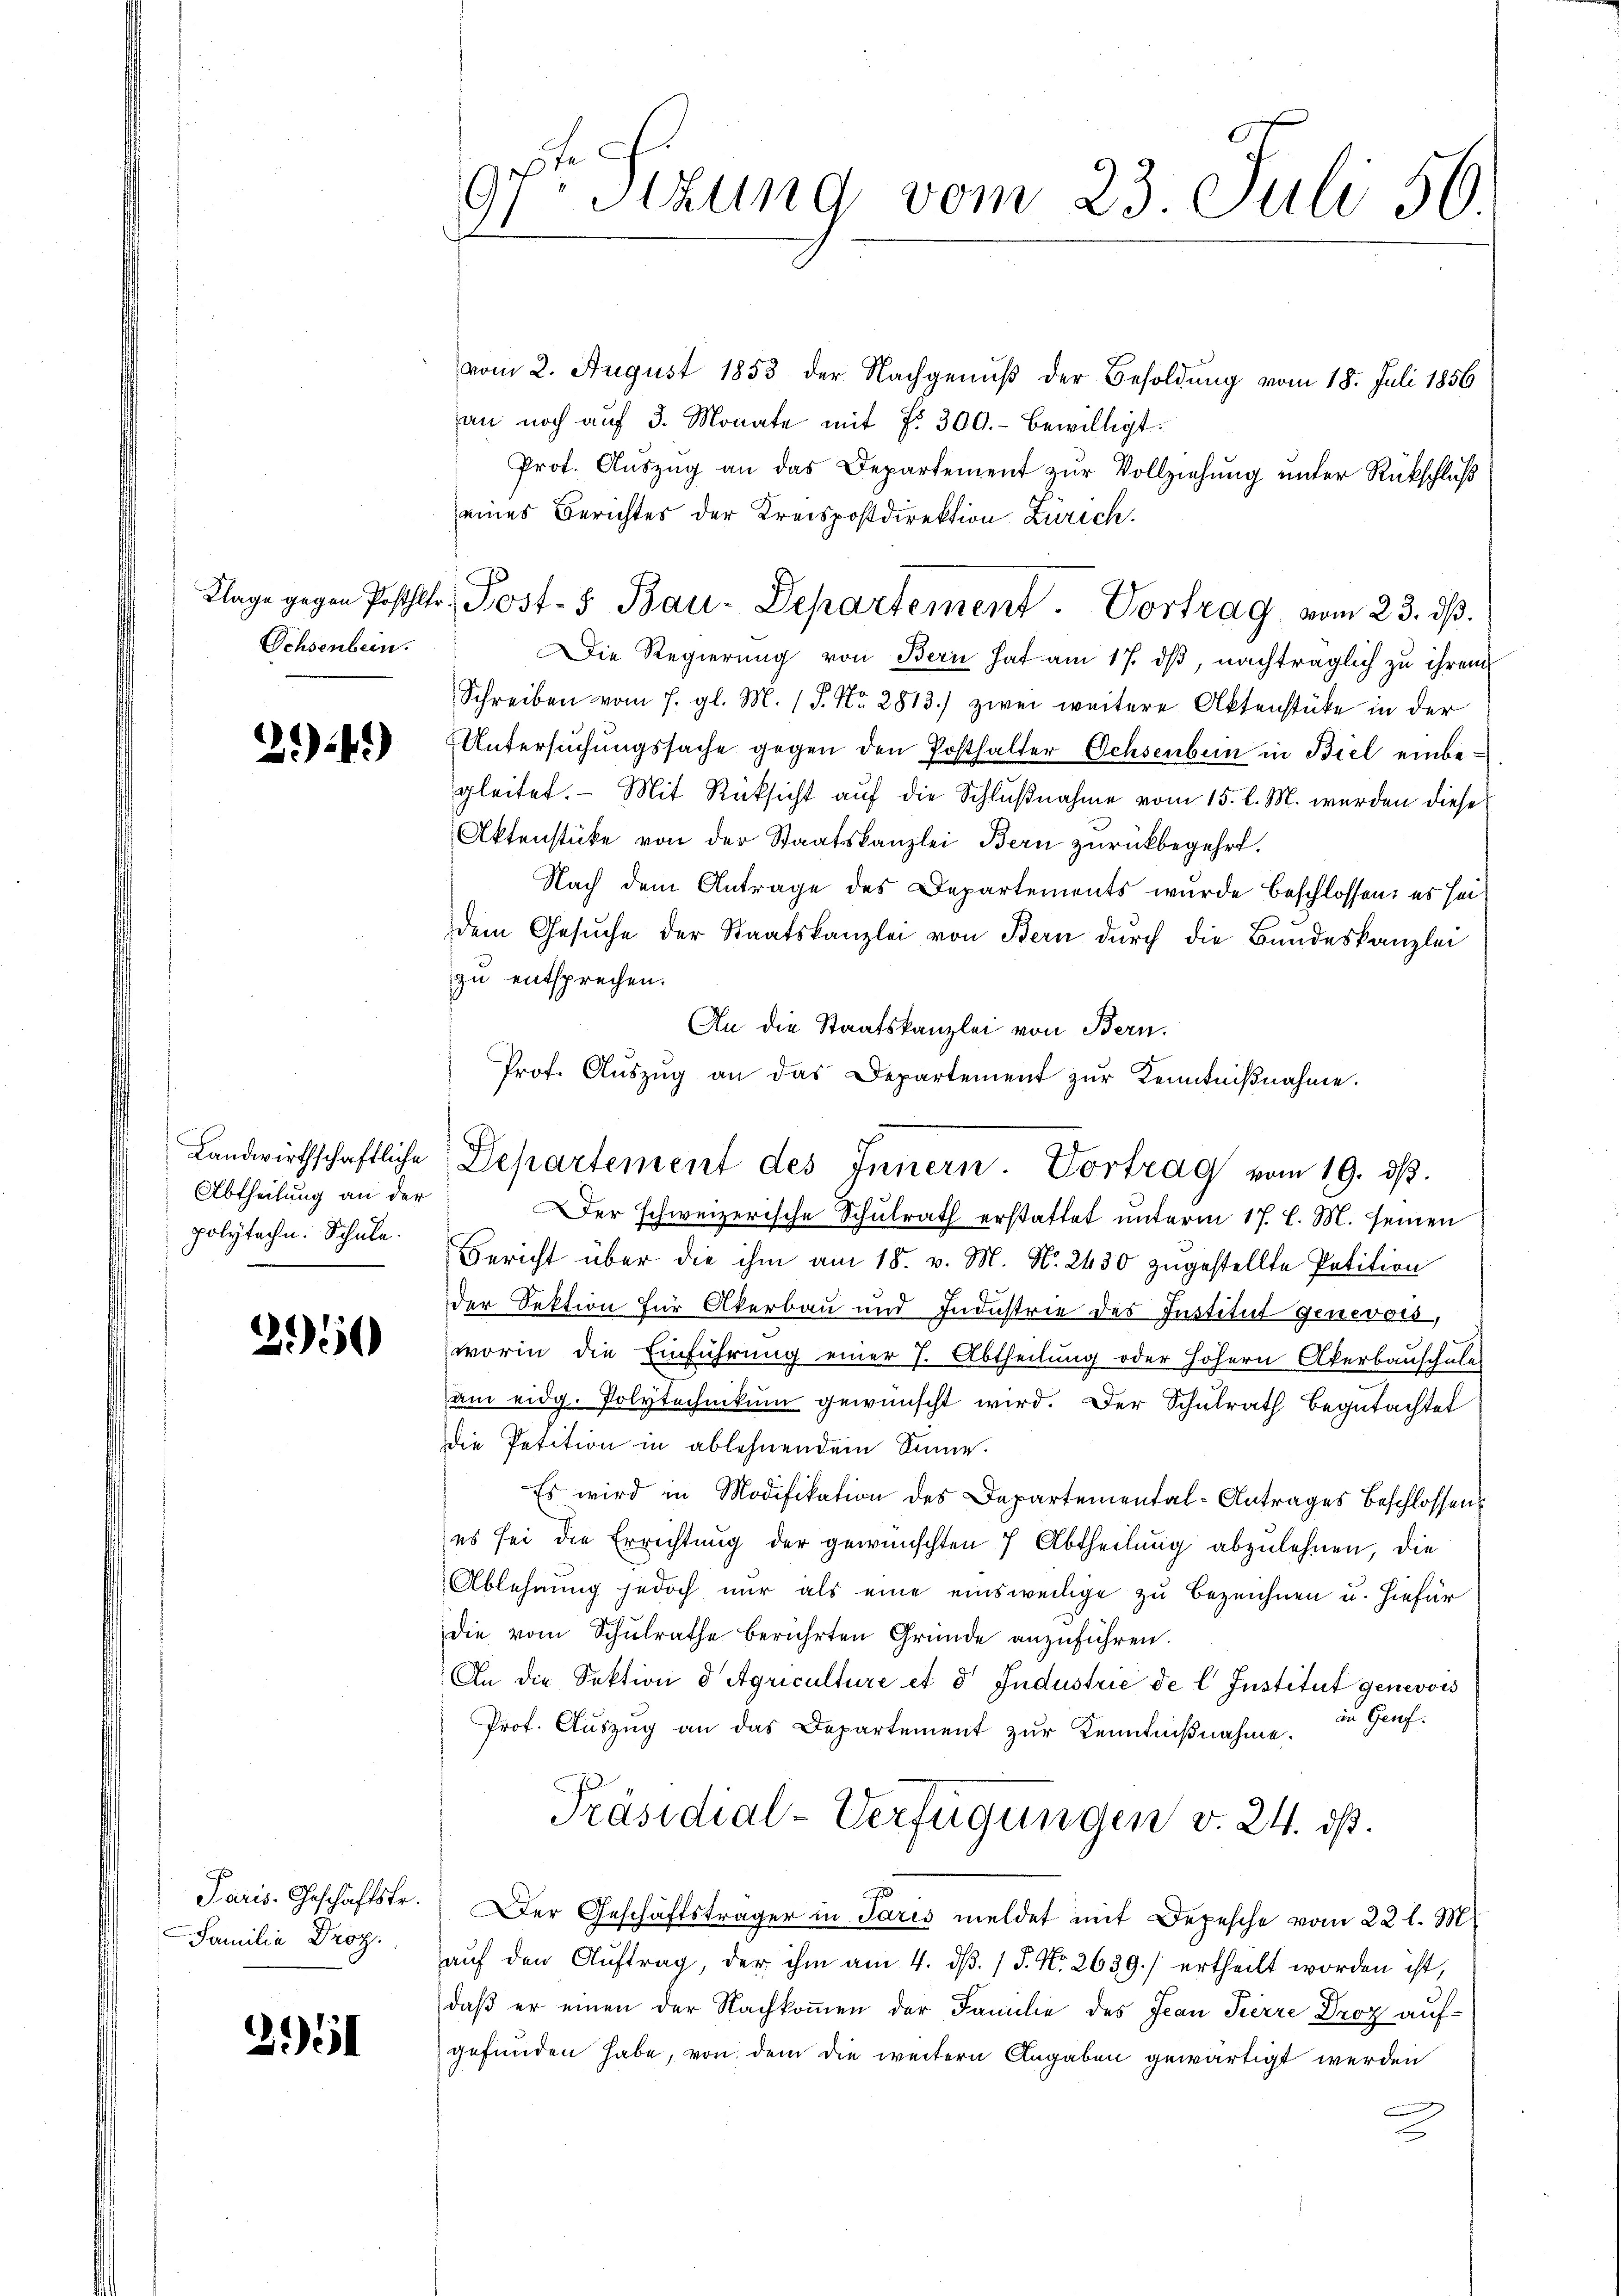
Schsenbein.

24.)

Abtheilung an der
polyteche. Schule.

3950

Familie Droz.

25

vom 2. August 1853 der Nachgenuß der Besoldung vom 18. Juli 1856
an noch auf 3. Monate mit No. 300.- bewilligt.
Prot. Aŭszŭg an das Departement zŭr Vollziehung unter Rückschluß
eines Berichtes der Kreispostdirektion Zürich.
Die Regierung von Bern hat am 17. dβ, nachträglich zu ihrem
Schreiben vom 7. gl. M. 18. No. 2813.) zwei weitere Aktenstüke in der
Untersuchungssache gegen den Posthalter Ochsenbern in Biel einbegleitet. - Mit Rücksicht auf die Schlußnahme vom 15. l. M. werden diese
Aktenstücke von der Staatskanzlei Bern zurückbegehrt.
Nach dem Antrage des Departements wurde beschlossen: es sei
dem Gesŭche der Staatskanzlei von Bern durch die Bandeskanzlei
zu entsprechen.
An die Staatskanzlei von Bern.
Prof. Aŭszŭg an das Departement zŭr Kenntniβnahme.

.
9fr. Sizung vom 23. Juli 56.

Klage gegen Poststr. Post- 5. Bau-Departement. Vortrag vom 23. dβ.

Landwirthschaftliche Departement des Innern. Vortrag vom 19. dβ.

Der schweizerische Schulrath erstattet unterm 17. l. M. seinen
Bericht über die ihm am 18. v. M. N. 2430 zugestellte Petition
der Sektion für Akerbau und Industrie des Institut genevois,
worin die Einführung einer 7. Abtheilung oder höhern Akerbauschules
am eidg. Polytechnikum gewünscht wird. Der Schulrath begutachtet
die Petition in ablehnendem Sinne.
Es wird in Modifikation des Departemental-Antrages Beschlossen
es sei die Errichtung der gewünschten 7 Abtheilung abzulehnen, die
Ablehnung jedoch nur als eine einsweilige zu bezeichnen u. hiefür
die vom Schulrathe berührten Gründe anzuführen.
An die Sektion d Agriculture et 8 Jndustrie de l. Institut genevois
Prof. Aŭszŭg an das Departement zŭr Kenntnißnahme. Zu Genf¬
Präsidial-Verfügungen v. 24. ds.
c
Paris. Geschäftstr. Der Geschäftsträger in Paris meldet mit Depesche vom 22 l. M.
aŭf den Aŭftrag, der ihm am 4. dβ. / 5. No. 2639./ ertheilt worden ist,
daß er einen der Nachkommen der Familie des Jean Pierre Droz aufgefunden habe, von dem die weitern Angaben gewärtigt werden
.